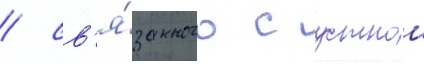
/ св'я́занного с устнои